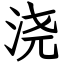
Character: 浇